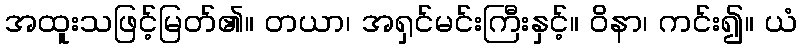
အထူးသဖြင့်မြတ်၏။ တယာ၊ အရှင်မင်းကြီးနှင့်။ ဝိနာ၊ ကင်း၍။ ယံ